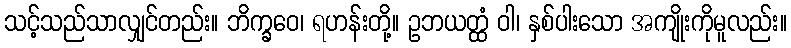
သင့်သည်သာလျှင်တည်း။ ဘိက္ခဝေ၊ ရဟန်းတို့။ ဥဘယတ္ထံ ဝါ၊ နှစ်ပါးသော အကျိုးကိုမူလည်း။